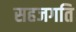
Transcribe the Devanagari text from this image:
सहजगति